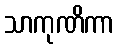
သာကုဏိကာ